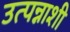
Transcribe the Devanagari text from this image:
उत्पन्नाशी